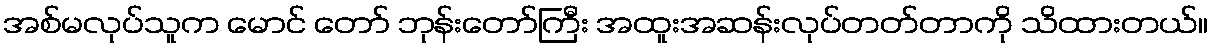
အစ်မလုပ်သူက မောင် တော် ဘုန်းတော်ကြီး အထူးအဆန်းလုပ်တတ်တာကို သိထားတယ်။